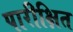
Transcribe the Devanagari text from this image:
पारीक्षित